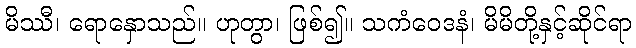
မိဿီ၊ ရောနှောသည်။ ဟုတွာ၊ ဖြစ်၍။ သကံဝေဒနံ၊ မိမိတို့နှင့်ဆိုင်ရာ